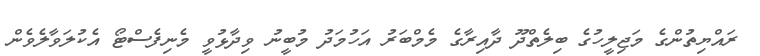
ރައްޔިތުންގެ މަޖިލީހުގެ ބިލެތްދޫ ދާއިރާގެ މެމްބަރު އަހުމަދު މުބީނު ވިދާޅުވީ މެނިފެސްޓޯ އެކުލަވާލެވެން